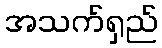
အသက်ရှည်